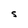
Character: S